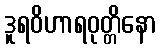
ဒူရဝိဟာရဝုတ္တိနော